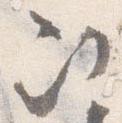
次